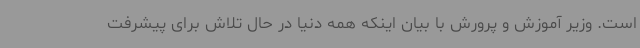
است. وزیر آموزش و پرورش با بیان اینکه همه دنیا در حال تلاش برای پیشرفت